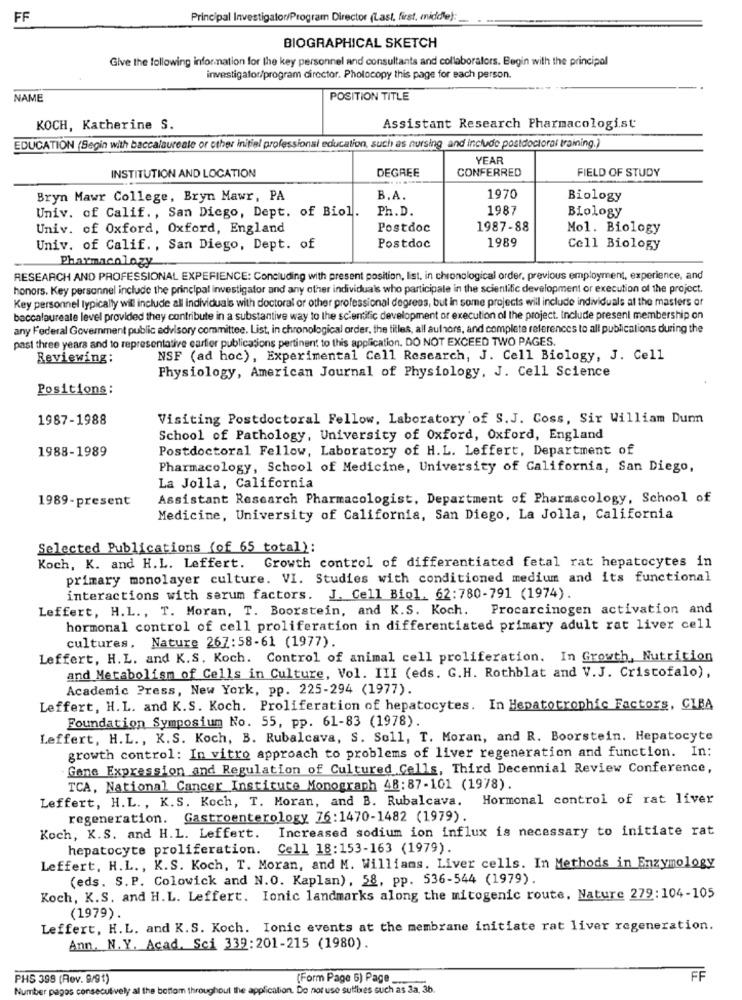
FF
Principal Investigator/Program Director (Last, first, middle) :_
BIOGRAPHICAL SKETCH
Give the following information for the key personnel and consultants and collaboralors. Begin with the principal
investigator/program director. Photocopy this page for each person.
NAME
POSITION TITLE
KOCH, Katherine S.
Assistant Research Pharmacologist
EDUCATION (Begin with baccalaureate or other initial professional education, such as nursing and include postdoctoral training.)
YEAR
DEGREE
CONFERRED
FIELD OF STUDY
INSTITUTION AND LOCATION
Bryn Mawr College, Bryn Mawr, PA
B. A.
1970
Biology
Univ. of Calif ., San Diego, Dept. of Biol.
Ph.D.
1987
Biology
Univ. of Oxford, Oxford, England
Postdoc
1987-88
Mol. Biology
1989
Univ. of Calif ., San Diego, Dept. of
Postdoc
Cell Biology
Pharmacology
RESEARCH AND PROFESSIONAL EXPERIENCE: Concluding with present position, list, in chronological order, previous employment, experience, and
honors. Key personnel include the principal investigator and any other individuals who participate in the scientific development or execution of the project.
Key personnel typically will include all individuals with doctoral or other professional degrees, but in some projects will include individuals at the masters of
baccalaureate level provided they contribute in a substantive way to the scientific development or execution of the project. Include present membership on
any Federal Government public advisory committee. List, in chronological order, the titles, all authors, and complete references to all publications during the
past three years and to representative cartier publications pertinent to this application. DO NOT EXCEED TWO PAGES.
Reviewing:
NSF (ad hoc), Experimental Cell Research, J. Cell Biology, J. Cell
Physiology, American Journal of Physiology, J. Cell Science
Positions:
1987-1988
Visiting Postdoctoral Fellow, Laboratory of S.J. Coss, Sir William Dumm
School of Pathology, University of Oxford, Oxford, England
1988-1989
Postdoctoral Fellow, Laboratory of H.L. Leffert, Department of
Pharmacology, School of Medicine, University of California, San Diego,
La Jolla, California
1989-present
Assistant Research Pharmacologist, Department of Pharmacology, School of
Medicine, University of California, San Diego, La Jolla, California
Selected Publications (of 65 total):
Koch, K. and H.L. Leffert. Growth control of differentiated fetal rat hepatocytes in
primary monolayer culture. VI. Studies with conditioned medium and its functional
interactions with serum factors. J. Cell Biol. 62:780-791 (1974).
Leffert, H.L ., T. Moran, T. Boorstein, and K.S. Koch.
Procarcinogen activation and
hormonal control of cell proliferation in differentiated primary adult rat liver cell
cultures. Nature 267:58-61 (1977)
Leffert, H.L. and K.S. Koch. Control of animal cell proliferation. In Growth, Nutrition
and Metabolism of Cells in Culture, Vol. III (eds. G.H. Rothblat and V.J. Cristofalo),
Academic Press, New York, pp. 225-294 (1977).
Leffert, H. L. and K.S. Koch. Proliferation of hepatocytes. In Hepatotrophic Factors, CIBA
Foundation Symposium No. 55, pp. 61-83 (1978).
Leffert, H.L ., K.S. Koch, B. Rubalcava, S. Soll, T. Moran, and R. Boorstein. Hepatocyte
growth control: In vitro approach to problems of liver regeneration and function. In:
Gene Expression and Regulation of Cultured Cells, Third Decennial Review Conference,
TCA, National Cancer Institute Monograph 48:87-101 (1978).
Leffert, H.L ., K.S. Koch, T. Moran, and B. Rubalcava. Hormonal control of rat liver
regeneration. Gastroenterology 76:1470-1482 (1979).
Koch, K.S. and H.L. Leffert. Increased sodium ion influx is necessary to initiate rat
hepatocyte proliferation. Cell 18:153-163 (1979).
Leffert, H.L ., K.S. Koch, T. Moran, and M. Williams. Liver cells. In Methods in Enzymology
(eds. S. P. Colowick and N.O. Kaplan), 58, pp. 536-544 (1979).
Koch, K.S. and H.L. Leffert. Ionic landmarks along the mitogenic route. Nature 279:104-105
(1979).
Leffert, H.L. and K.S. Koch. Ionic events at the membrane initiate rat liver regeneration.
Ann. N.Y. Acad. Sci 332:201-215 (1980).
PHS 399 (Rev. 9/91)
(Form Page 6) Page
FF
Number pagos consecutively al the bottom througho
the ap
cation. Do not use suffixes such as 3a, 3b.